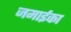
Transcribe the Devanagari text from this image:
जमाईका